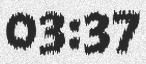
03:37